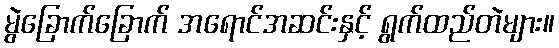
မွဲခြောက်ခြောက် အရောင်အဆင်းနှင့် ရွက်ထည်တဲများ။